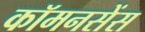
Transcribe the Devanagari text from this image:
कॉमनसेंस